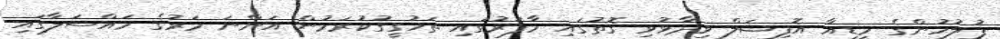
ފުލުހުންގެ މީޑިއާ އޮފިޝަލް ވިދާޅުވި ގޮތުގައި މާފަރުގައި ތަހުގީގުކުރަމުން އަންނަ މަރުގެ މައްސަލާގައި